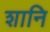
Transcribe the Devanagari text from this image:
शानि